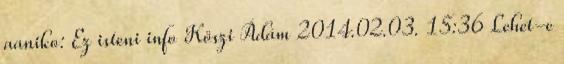
aaniko: Ez isteni info Köszi Ádám 2014.02.03. 15:36 Lehet-e